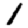
Digit: 1